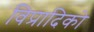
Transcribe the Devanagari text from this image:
विप्रादिको